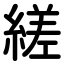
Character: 縒